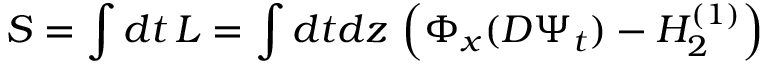
S = \int d t \, L = \int d t d z \, \left( \Phi _ { x } ( D \Psi _ { t } ) - H _ { 2 } ^ { ( 1 ) } \right)